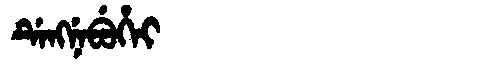
Manchu: ᡩᡝᠩᠨᡝᠪᡠᡥᡝᡳ
Romanization: DENGNEBUHEI